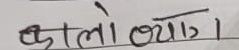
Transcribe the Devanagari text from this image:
कालो त्याग्।